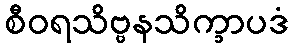
စီဝရသိဗ္ဗနသိက္ခာပဒံ